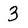
Character: 3